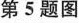
第5题图